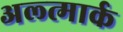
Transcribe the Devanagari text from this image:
अल्त्मार्क